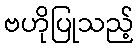
ဗဟိုပြုသည့်